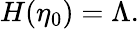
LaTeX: H(\eta_{0})=\Lambda.